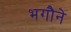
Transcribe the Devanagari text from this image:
भगौने